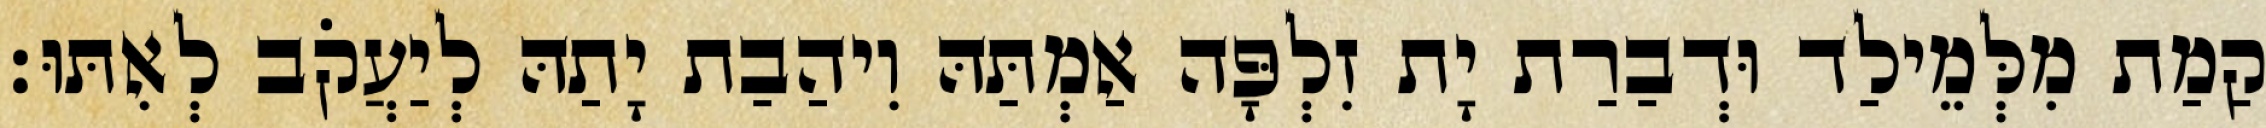
קַמַת מִלְּמֵילַד וּדְבַרַת יָת זִלְפָּה אַמְתַּהּ וִיהַבַת יָתַהּ לְיַעֲקֹב לְאִתּוּ׃